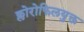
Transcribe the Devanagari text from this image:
क्लोरोफिलयुक्त